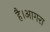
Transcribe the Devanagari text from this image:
है।आगरा